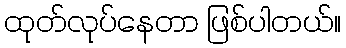
ထုတ်လုပ်နေတာ ဖြစ်ပါတယ်။